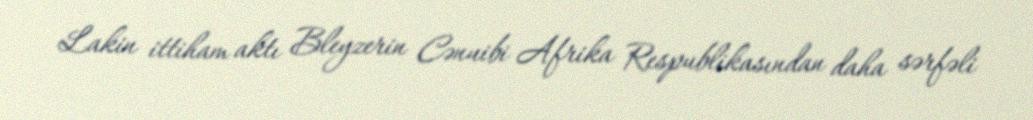
Lakin ittiham aktı Bleyzerin Cənuibi Afrika Respublikasından daha sərfəli